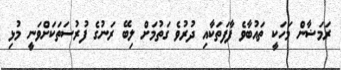
ރަމަޟާން މަހަކީ ތައުބާވެ ފާފަތަކާއި ދުރުވެ ގަތުމަށް ލިބޭ ރަނުގެ ފުރުސަތަކަށްވަނީ މުޅި